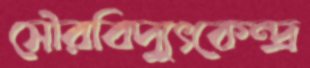
সৌরবিদ্যুৎকেন্দ্র